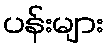
ပန်းများ